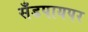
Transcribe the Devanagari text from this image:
सँडपायपर